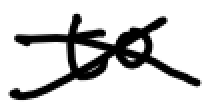
Text: to
Cross-out: cross
Writing tool: digital_black